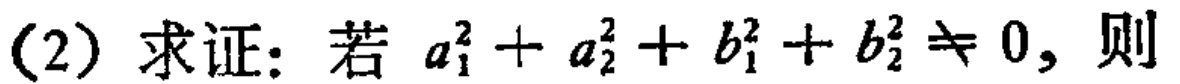
(2) 求证：若 \(a_{1}^{2}+a_{2}^{2}+b_{1}^{2}+b_{2}^{2}\neq 0\)，则